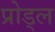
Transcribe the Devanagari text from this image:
प्रोड्ल